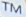
TM